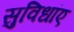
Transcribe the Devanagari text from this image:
सुविधांए